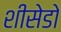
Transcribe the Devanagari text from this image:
शीसेडो